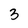
Character: 3